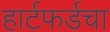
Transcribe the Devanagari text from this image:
हार्टफर्डचा